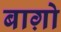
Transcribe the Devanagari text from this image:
बाग़ो